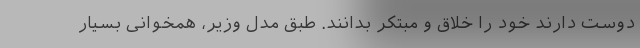
دوست دارند خود را خلّاق و مبتکر بدانند. طبق مدل وزیر، همخوانیِ بسیار